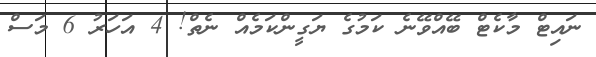
ނައިޓް މާކެޓް ބޭއްވޭނެ ކަމުގެ ޔަގީންކަމެއް ނެތް! 4 އަހަރު 6 މަސް